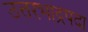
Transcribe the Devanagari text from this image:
उत्तरभाद्रपदा